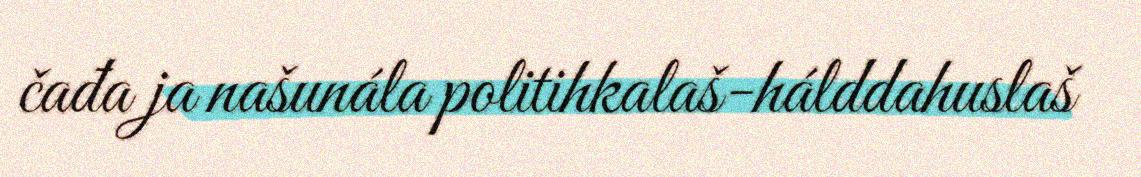
čađa ja našunála politihkalaš-hálddahuslaš